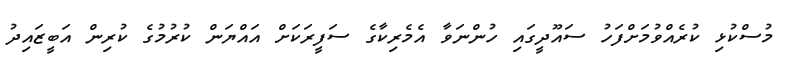
މުސްކުޅި ކުރެއްވުމަށްފަހު ސައޫދީގައި ހުންނަވާ އެމެރިކާގެ ސަފީރަކަށް އައްޔަން ކުރުމުގެ ކުރިން އަބީޒައިދު